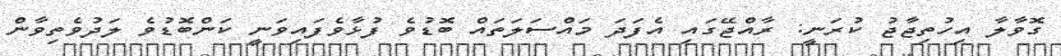
ގޮވާލާ އިހުތިޖާޖު ކުރަނީ: ރާއްޖޭގައި އެފަދަ މައްސަލަތައް ބޮޑުވެ ފުޅާވެފައިވަނީ ކަންބޮޑުވެ ލަދުވެތިވާން